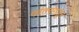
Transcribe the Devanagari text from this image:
पर्वतरांगातुन